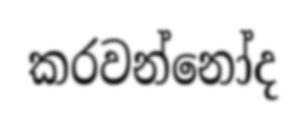
කරවන්නෝද